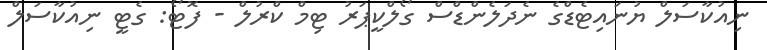
ނިއުކާސަލް ޔުނައިޓެޑްގެ ނެދަލެންޑްސް ގޯލްކީޕަރު ޓިމް ކްރުލް - ފޮޓޯ: ގެޓީ ނިއުކާސަލް